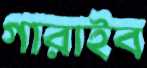
গারাইব